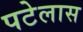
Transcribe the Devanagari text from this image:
पटेलास